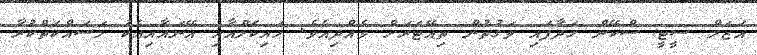
އަޒަލް ސީޓީ ސްކޭން ހަދާފައި ވަގުތުން ތިއޭޓަރަށް ވެއްދިއެވެ. ހައިކަލްއާއި އޭނައާއިއެކު މަސައްކަތްކުރާ